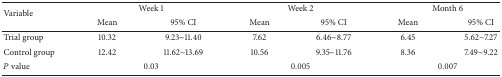
| <ROWSPAN=2> Variable | <COLSPAN=2> Week 1 | <COLSPAN=2> Week 2 | <COLSPAN=2> Month 6 |
 | Mean | 95% CI | Mean | 95% CI | Mean | 95% CI |
 | --- | --- | --- | --- | --- | --- | --- |
 | Trial group | 10.32 | 9.23~11.40 | 7.62 | 6.46~8.77 | 6.45 | 5.62~7.27 |
 | Control group | 12.42 | 11.62~13.69 | 10.56 | 9.35~11.76 | 8.36 | 7.49~9.22 |
 | P value | <COLSPAN=2> 0.03 | <COLSPAN=2> 0.005 | <COLSPAN=2> 0.007 |